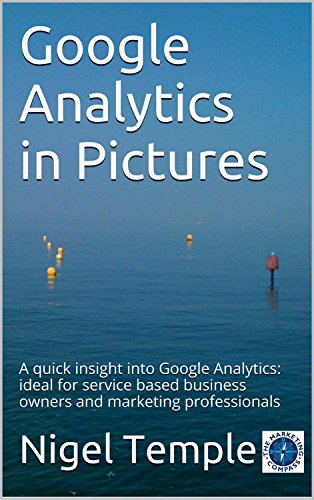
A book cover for Google Analytics in Pictures: A quick insight into Google Analytics: ideal for service based business owners and marketing professionals; Nigel Temple; Computers & Technology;